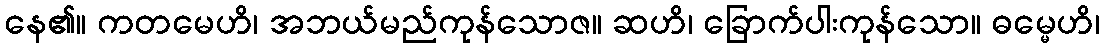
နေ၏။ ကတမေဟိ၊ အဘယ်မည်ကုန်သောဇ။ ဆဟိ၊ ခြောက်ပါးကုန်သော။ ဓမ္မေဟိ၊